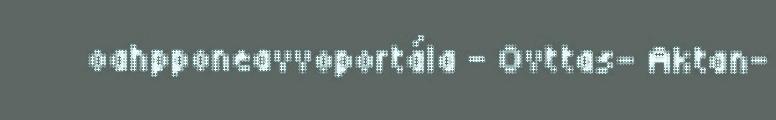
oahpponeavvoportála – Ovttas- Aktan-